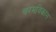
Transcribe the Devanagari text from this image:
चरमविकास